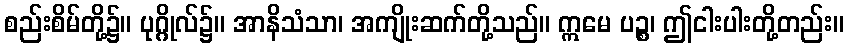
စည်းစိမ်တို့၌။ ပုဂ္ဂိုလ်၌။ အာနိသံသာ၊ အကျိုးဆက်တို့သည်။ ဣမေ ပဉ္စ၊ ဤငါးပါးတို့တည်း။